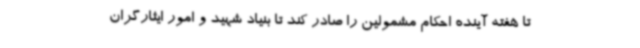
تا هفته آینده احکام مشمولین را صادر کند تا بنیاد شهید و امور ایثارگران